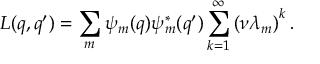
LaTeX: L ( q , q ^ { \prime } ) = \sum _ { m } \psi _ { m } ( q ) \psi _ { m } ^ { * } ( q ^ { \prime } ) \sum _ { k = 1 } ^ { \infty } \left( \nu \lambda _ { m } \right) ^ { k } .